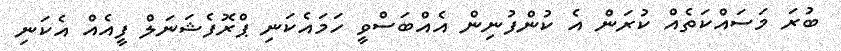
ބުރަ މަސައްކަތެއް ކުރަން އެ ކުންފުނިން އެއްބަސްވީ ހަމައެކަނި ޕްރޮފެޝަނަލް ފީއެއް އެކަނި